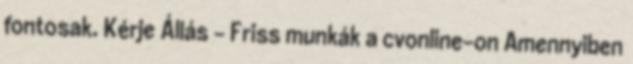
fontosak. Kérje Állás – Friss munkák a cvonline-on Amennyiben